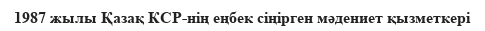
1987 жылы Қазақ КСР-нің еңбек сіңірген мәдениет қызметкері